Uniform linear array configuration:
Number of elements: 24
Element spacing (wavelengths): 0.5
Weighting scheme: exponential
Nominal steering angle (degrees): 30
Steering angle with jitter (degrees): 31.685
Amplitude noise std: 0.05
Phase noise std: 0.05

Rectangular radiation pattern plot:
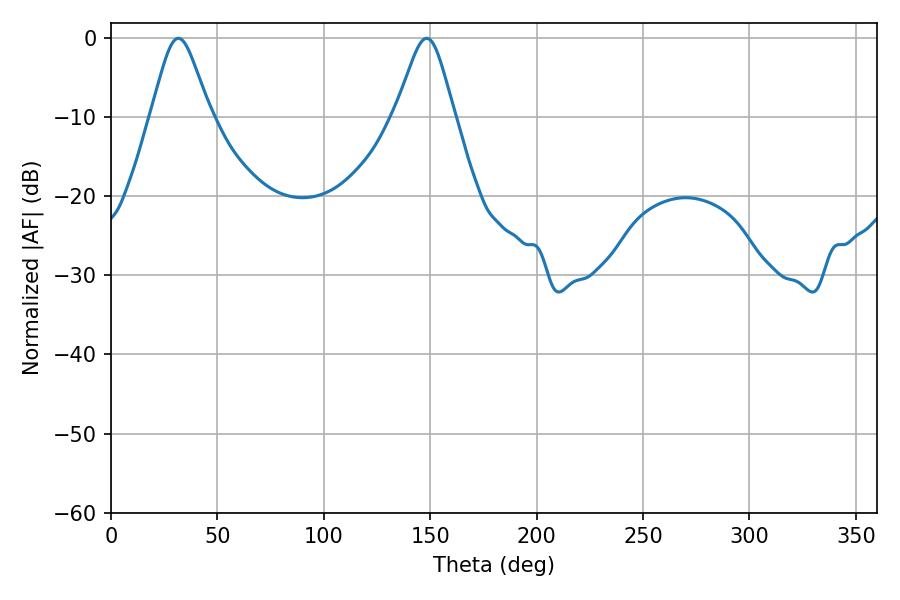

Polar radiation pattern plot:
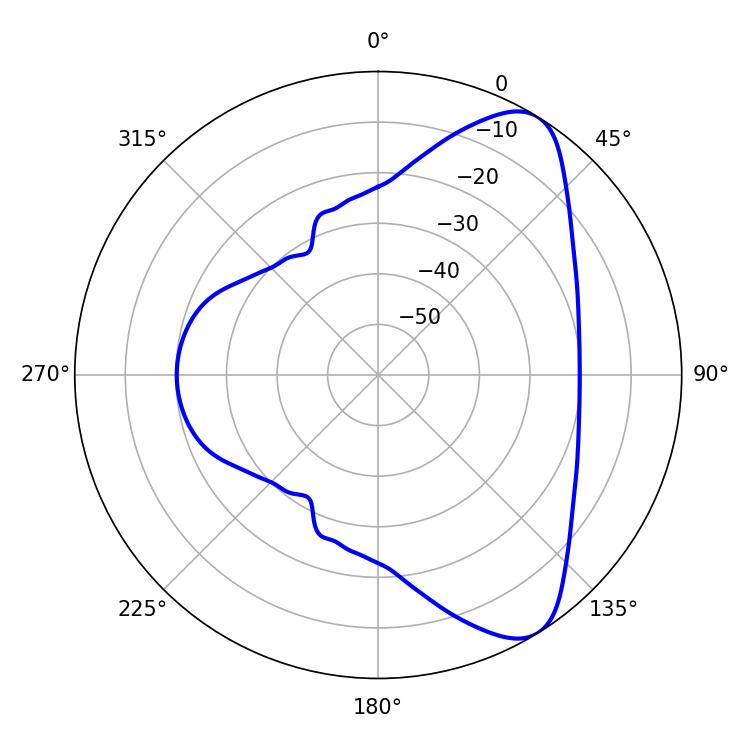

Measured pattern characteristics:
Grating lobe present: FALSE
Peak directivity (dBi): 8.067
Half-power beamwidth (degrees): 13.5
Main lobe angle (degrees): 31.68